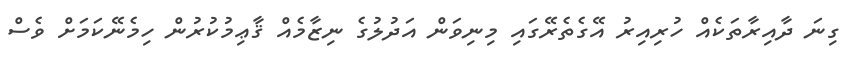
ގިނަ ދާއިރާތަކެއް ހުރިއިރު އޭގެތެރޭގައި މިނިވަން އަދުލުގެ ނިޒާމެއް ޤާޢިމުކުރުން ހިމެނޭކަމަށް ވެސް